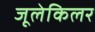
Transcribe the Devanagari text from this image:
जूलेकिलर